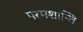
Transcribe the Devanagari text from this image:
परमशान्ति